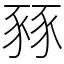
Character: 豩